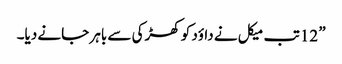
” 12 تب میکل نے داؤد کو کھڑکی سے باہر جانے دیا۔